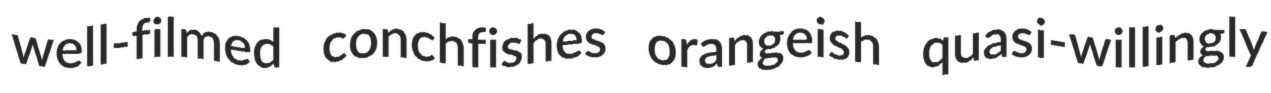
well-filmed conchfishes orangeish quasi-willingly